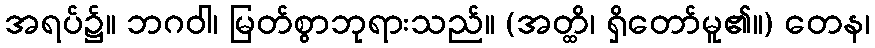
အရပ်၌။ ဘဂဝါ၊ မြတ်စွာဘုရားသည်။ (အတ္ထိ၊ ရှိတော်မူ၏။) တေန၊